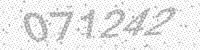
Solution: 071242